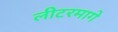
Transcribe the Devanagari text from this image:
लीटरमागे